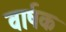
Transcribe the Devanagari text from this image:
वार्षक